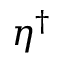
\eta ^ { \dagger }